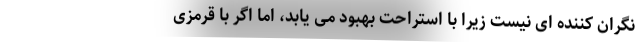
نگران کننده ای نیست زیرا با استراحت بهبود می یابد، اما اگر با قرمزی